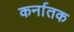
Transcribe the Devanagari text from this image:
कर्नातक